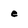
Character: e